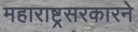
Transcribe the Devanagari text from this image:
महाराष्ट्रसरकारने